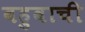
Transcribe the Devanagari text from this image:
बहुवाची